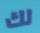
لك